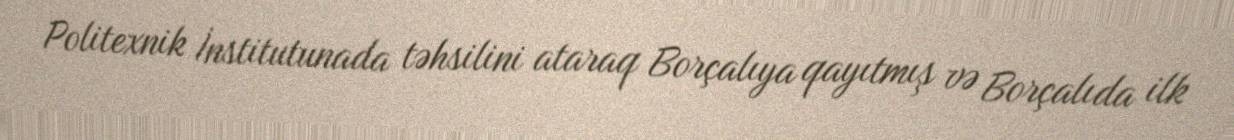
Politexnik İnstitutunada təhsilini ataraq Borçalıya qayıtmış və Borçalıda ilk